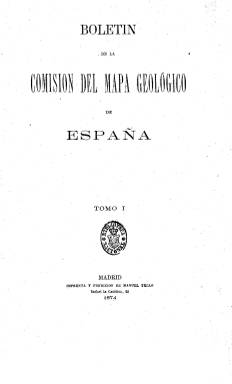
Título: Boletín de la Comisión del Mapa Geológico de España
Colección: Ciencias
Ámbito geográfico: Madrid
Lugar de publicación: Madrid
Fechas: 01/01/1874-31/12/1909

La precursora del actual Instituto Geológico y Minero de España fue la Comisión del Mapa Geológico de España, que tuvo su antecedente en la comisión creada por real decreto de 12 de julio de 1849, que publicará sus Memorias de 1850 a 1855, que pueden también ser consultadas en esta Hemeroteca Digital de la Biblioteca Nacional de España. Dicha comisión fue incorporada en 1859 a la Junta General de Estadística, y en 1870 será creada de nuevo y reorganizada por real decreto en marzo de 1873. Por orden de 30 de junio de este año, de la Dirección General de Obras Pública, Agricultura, Industria y Comercio, será autorizada para publicar sus trabajos, apareciendo en 1874 la primera entrega de su boletín, al estilo de los que publicaban las sociedades geológicas de Inglaterra o Francia.

Los trabajos de elaboración del mapa geológico de España y sus distintas provincias y regiones estará encargo a los integrantes del cuerpo nacional de minas, y de la comisión formarán parte profesores de geología, paleontología, minas y química. A partir de 1874 empiezan a dar cuenta de sus actividades y trabajos en este boletín de carácter oficial, que editará, con frecuencia anual y hasta 1910, un total de 31 tomos, en dos series, abarcando la primera hasta 1893. Durante la segunda, el tomo 22, correspondiente a 1895, se publicará en 1897, y dejará de editarse entre 1901-1905 y en 1907.

En torno a las 300 páginas por anuario, incluye reseñas, datos, catálogos, estadísticas, investigaciones, informes, discursos, legislación o bibliografía geológica y minera. Los estudios abarcan los territorios provinciales o regionales peninsulares, pero también a las posesiones del norte de África, de las Antillas y Filipinas y de la antigua América española, y se irán extendiendo también a otros países europeos y de otros continentes.

Son estudios sobre mineralogía, litología, micrografía, geología didáctica y descriptiva, sismología y vulcanología, paleontología y paleofitología, antropología, prehistoria y etnografía, hidrología, combustibles fósiles, etc. Informará sobre los terremotos de Andalucía de 1882 y dará cuenta exhaustiva del XIV Congreso Geológico Internacional celebrado en España en 1926. De carácter ilustrado, incluirá mapas en color, croquis, planos, esquemas y dibujos.

En 1910 será creado el Instituto Geológico de España, que amplía las funciones de la comisión, siguiendo los miembros del cuerpo nacional de minas como los encargados de la formación del mapa geológico español y del trazado de las cartas geológico-industriales de provincias. El boletín se continuará publicando con estudios de estratigrafía, petrografía, tectónica, aguas, etc., y, en 1911 (tomo 32) adopta el título Boletín del Instituto Geológico de España. En 1920, iniciará su tercera serie, y en 1927 modificará de nuevo su cabecera, denominándose Boletín del Instituto Geológico y Minero de España, el mismo que adopta el organismo a partir de entonces.

Cada tomo cuenta con sus correspondientes índices de materias y de láminas. El tomo 21 incorpora un índice general de todos los anteriores.

Se sigue publicando en la actualidad con el título Boletín geológico y minero, que adoptó en 1968, y es fuente documental básica y de primer orden sobre estas materias.

- - -

La colección disponible en Hemeroteca Digital corresponde a los años 1874-1883. Se puede acceder a la colección completa en la web del Instituto Geológico y Minero de España.